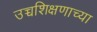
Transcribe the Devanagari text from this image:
उच्चशिक्षणाच्या